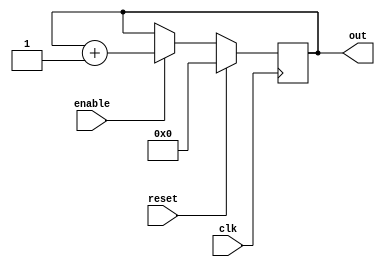
module counter(input clk, input reset, input enable,
	       output [3:0] out);

	wire clk, reset, enable;
	reg [3:0] out;

	always @ (posedge clk) begin
		if (reset == 1'b1) begin
			out <= 4'b0000;
		end else if (enable == 1'b1) begin
			out <= out + 1;
		end
	end
endmodule